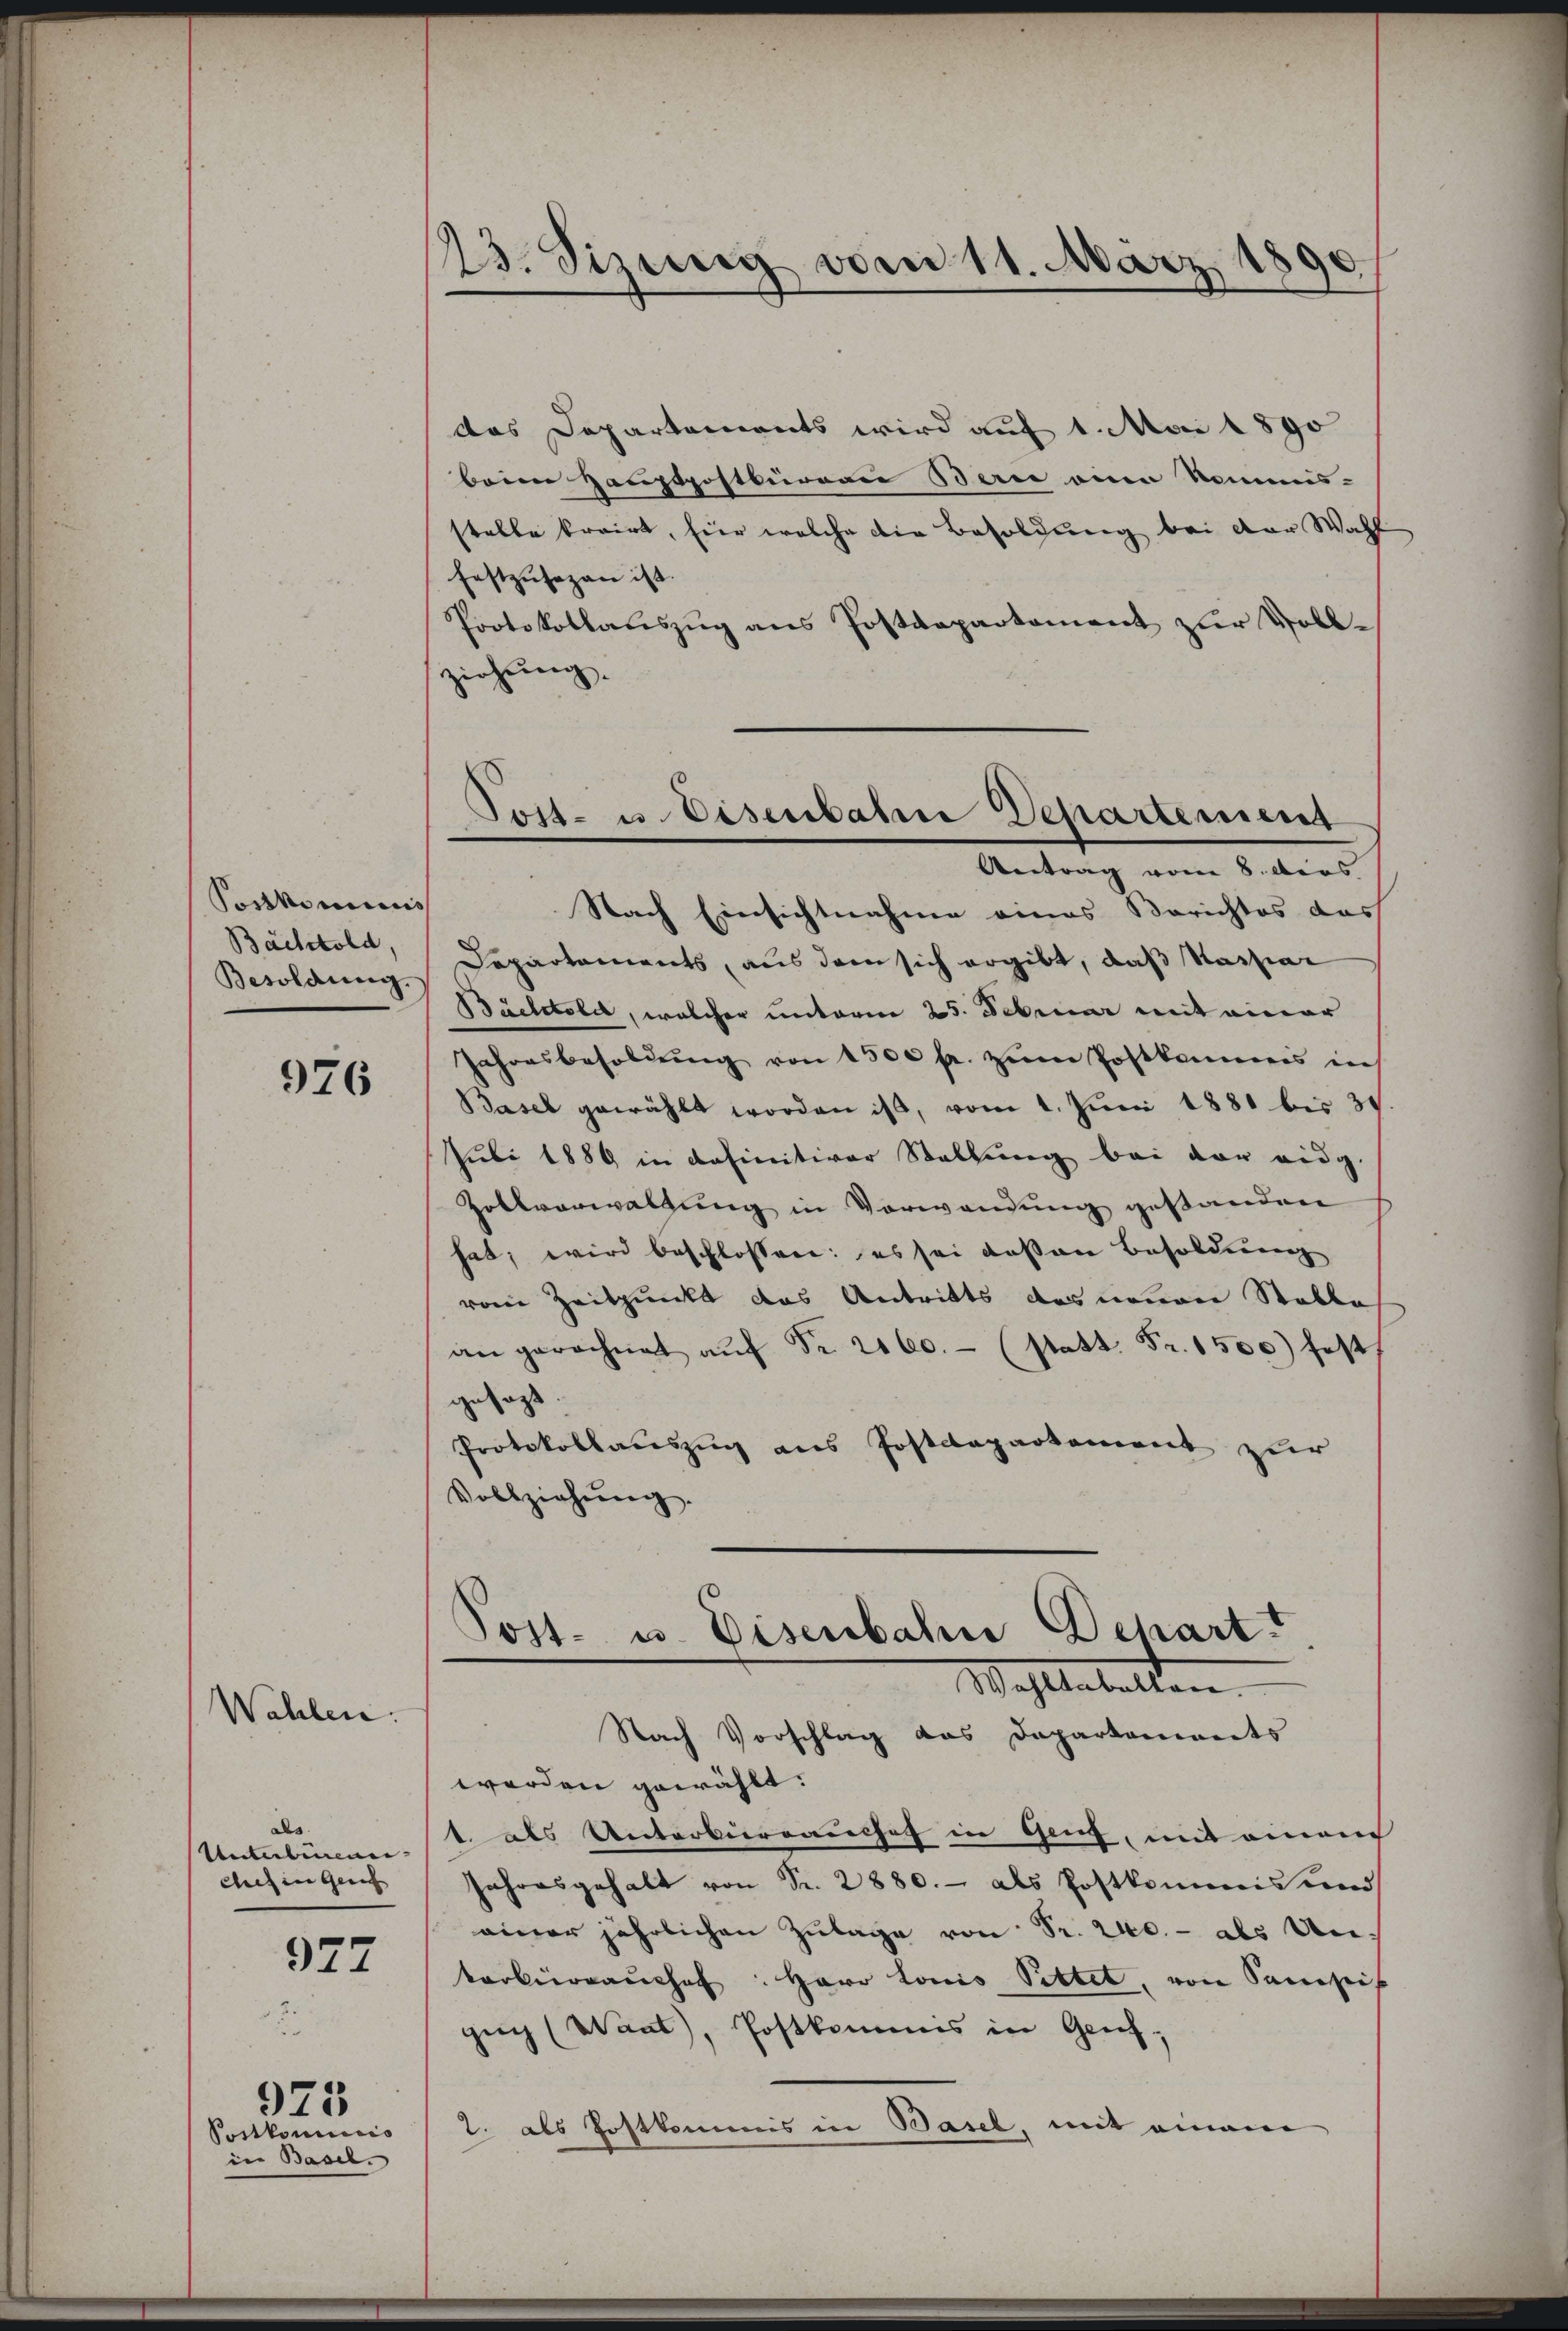
Portkominis
Bächtold,
Besoldung.

Wahlen.

976

als
cies in Genus |

927

Postkomicis
in Basel.

975

13. Sizung vom 11. März 186
x

das Departements wird auf 1. Mai 1890
beim Hauptpostburere Berne einen kommis- |
stelle kreist, für welche die Besoldung bei der Wahl
festzŭsezen ist.
Protokollaŭszŭg ans Postdepartament zŭr Voll-
ziehung
Nach Einsichtnahme eines Berichtes das
Departements, aus dem sich ergibt, daß Kaspar
Báchtold, welcher unterm 25. Februar mit einer
Jahresbesoldŭng von 1500 fr. zŭm Postkommis in
Basel gewählt worden ist, vom 1. Juni 1881 bis 30
Juli 1889 in definitiver Stellung bei der eidg.
Zollverwaltung in Verwendung gestanden
hat; wird beschlossen: es sei das an Besoldung
vom Zeitpunkt das Antritts das neuere Stable
an gerechnet aŭf Nr. 2160.- (statt. Fr. 1500) fest
gesagt
Protokollauszug aus Postdepartement zur
Vollziehŭng.

Torte u. Eisenbahn Departement
Antrag vom 8. dies

Post- u. Eisenbahn Schart t
Wahlbehalten.

Nach Vorschlag das Dapartaments
werden gewählt.
Unterbüren. J. als Unterberrauches in Genf, mit einem
Jahresgehalt von Fr. 2880.- als Postkommis und
ainer jährlichen Zŭlage von Fr. 240.- als Unkarbieraŭchef. Herr Louis Sittet, von Samst
gug (Want, Postkommis in Genf,
2. als Postkommis in Basel, mit einem